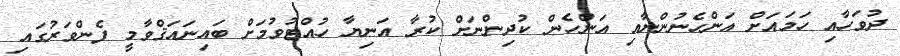
ދުވަހާއި ހަމައަށް އަންހެނުންނާއި އަންހެން ކުދިންނަށް ކުރާ އަނިޔާ ހުއްޓުވުމަށް ބައިނައަޤްވާމީ ފެންވަރުގައި